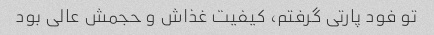
تو فود پارتی گرفتم، کیفیت غذاش و حجمش عالی بود